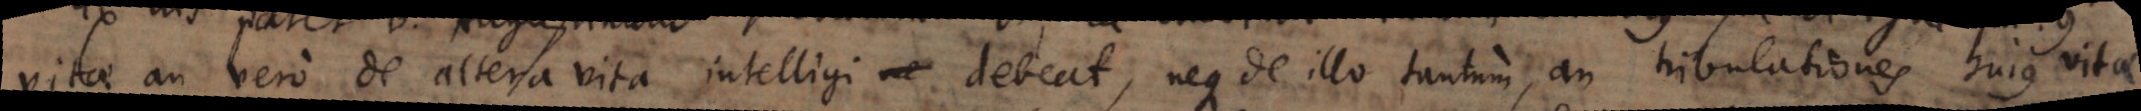
vitae an vero de altera vita intelligi debeat, neque de illo tantum, an tribulationes hujus vitae